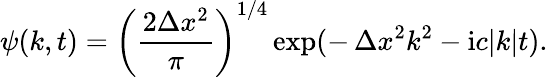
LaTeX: \psi(k,t)=\left(\frac{2\Delta x^{2}}{\pi}\right)^{1/4}\exp(-\, \Delta x^{2}k^{2}-\mathrm{i}c|k|t).